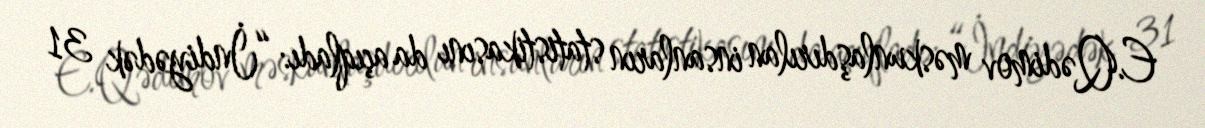
E.Qədimov məskunlaşdırılan insanların statistikasını da açıqladı: “İndiyədək 31